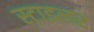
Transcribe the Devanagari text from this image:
स्टाइलर